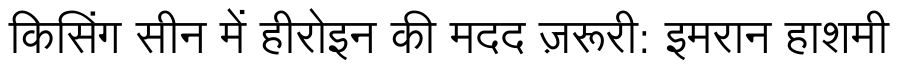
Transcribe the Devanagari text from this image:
किसिंग सीन में हीरोइन की मदद ज़रूरी: इमरान हाशमी